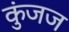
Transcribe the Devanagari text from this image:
कुंजज